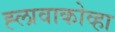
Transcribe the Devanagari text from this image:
ह्लावाकोव्हा